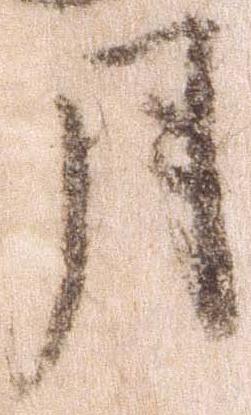
月